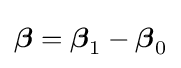
{\boldsymbol {\beta }}={\boldsymbol {\beta }}_{1}-{\boldsymbol {\beta }}_{0}